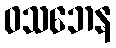
ဝသဘေန